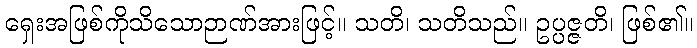
ရှေးအဖြစ်ကိုသိသောဉာဏ်အားဖြင့်။ သတိ၊ သတိသည်။ ဥပ္ပဇ္ဇတိ၊ ဖြစ်၏။